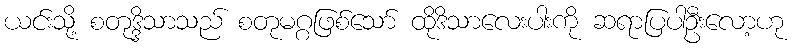
ယင်းသို့ စတုဒ္ဒိသာသည် စတုမဂ္ဂဖြစ်သော် ထိုဒိသာလေးပါးကို ဆရာပြပါဦးလော့ဟု